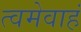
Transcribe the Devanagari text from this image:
त्वमेवाहं